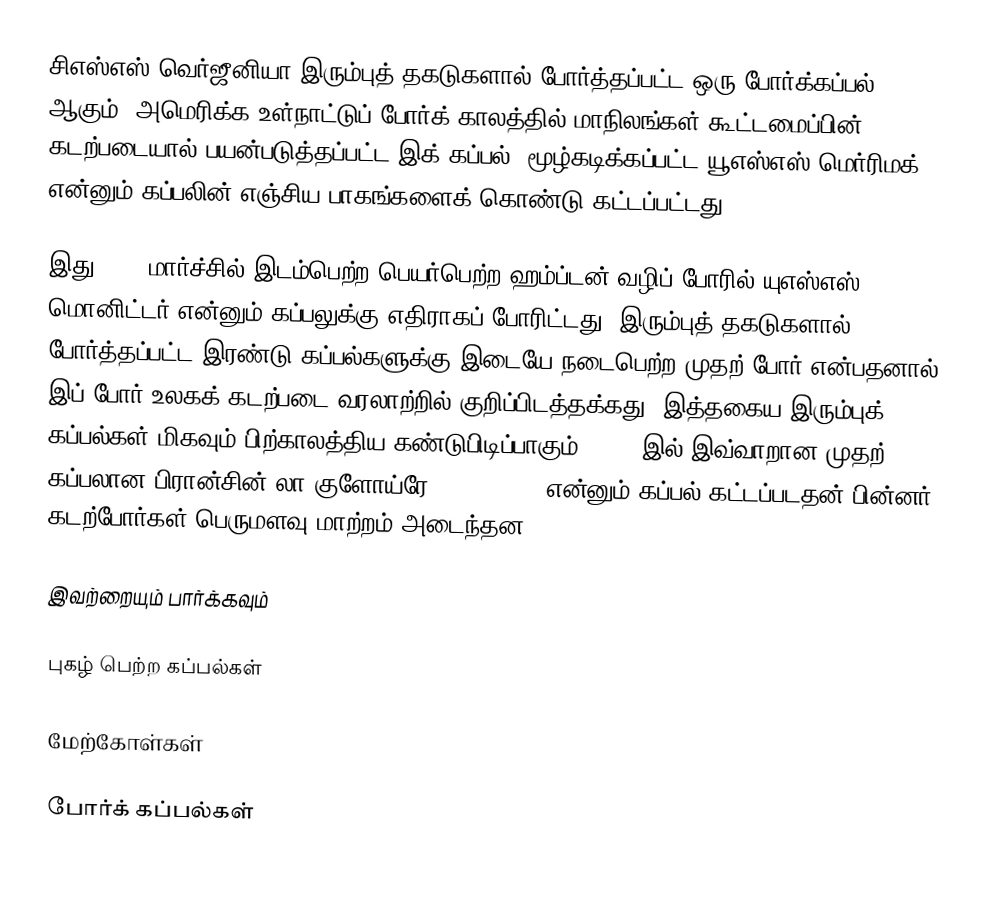
சிஎஸ்எஸ் வெர்ஜீனியா இரும்புத் தகடுகளால் போர்த்தப்பட்ட ஒரு போர்க்கப்பல் ஆகும். அமெரிக்க உள்நாட்டுப் போர்க் காலத்தில் மாநிலங்கள் கூட்டமைப்பின் கடற்படையால் பயன்படுத்தப்பட்ட இக் கப்பல், மூழ்கடிக்கப்பட்ட யூஎஸ்எஸ் மெர்ரிமக் என்னும் கப்பலின் எஞ்சிய பாகங்களைக் கொண்டு கட்டப்பட்டது.

இது 1862 மார்ச்சில் இடம்பெற்ற பெயர்பெற்ற ஹம்ப்டன் வழிப் போரில் யுஎஸ்எஸ் மொனிட்டர் என்னும் கப்பலுக்கு எதிராகப் போரிட்டது. இரும்புத் தகடுகளால் போர்த்தப்பட்ட இரண்டு கப்பல்களுக்கு இடையே நடைபெற்ற முதற் போர் என்பதனால் இப் போர் உலகக் கடற்படை வரலாற்றில் குறிப்பிடத்தக்கது. இத்தகைய இரும்புக் கப்பல்கள் மிகவும் பிற்காலத்திய கண்டுபிடிப்பாகும். 1859 இல் இவ்வாறான முதற் கப்பலான பிரான்சின் லா குளோய்ரே (La Gloire) என்னும் கப்பல் கட்டப்படதன் பின்னர் கடற்போர்கள் பெருமளவு மாற்றம் அடைந்தன.

இவற்றையும் பார்க்கவும்

 புகழ் பெற்ற கப்பல்கள்

மேற்கோள்கள்

போர்க் கப்பல்கள்